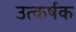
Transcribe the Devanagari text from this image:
उत्कर्षक